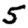
Digit: 5